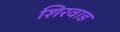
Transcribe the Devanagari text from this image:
शिरवाड